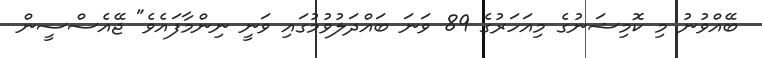
ބޭއްވުނު މި ކޮމިޝަނުގެ މިއަހަރުގެ 89 ވަނަ ބައްދަލުވުމުގައި ވަނީ ނިންމާފައެވެ" ޖޭއެސްސީން